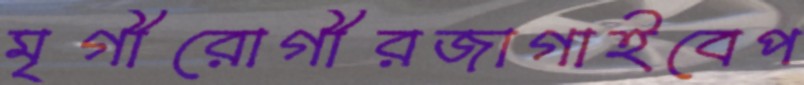
মৃগীরোগীরজাগাইবেপ